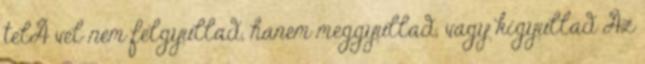
telÃ vel nem felgyullad, hanem meggyullad, vagy kigyullad Az